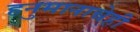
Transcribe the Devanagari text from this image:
हनुमानाचेही